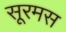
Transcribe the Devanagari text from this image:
सूरमस